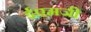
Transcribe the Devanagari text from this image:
ईएमजी